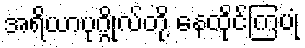
အရိယာပုဂ္ဂိုလ်တို့ နေထိုင်ကြပုံ